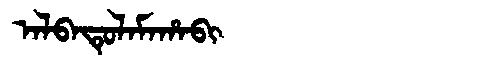
Manchu: ᠠᠯᠪᠠᡨᡠᠯᠠᠮᠠᡥᠠᠪᡳ
Romanization: ALBATULAMAHABI